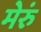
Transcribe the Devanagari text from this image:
मेरुं